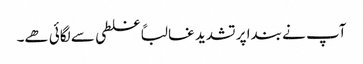
آپ نے بندا پر تشدید غالباً غلطی سے لگائی ھے۔